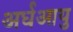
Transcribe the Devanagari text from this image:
अर्धआयु